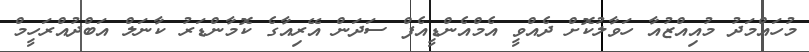
މުހައްމަދު މުއިއްޒުއާ ހަވާލުކޮށް ދެއްވީ އެމްއެންޑީއެފް ސަދަން އޭރިއާގެ ކޮމާންޑަރު ކާނަލް އަބްދުއްރަހީމް